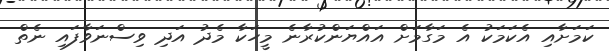
ކަމަށާއި އެކަމަކު އެ މަގާމަށް އައްޔަންކުރާނެ މީހަކާ މެދު އަދި ވިސްނަވާފައި ނެތް